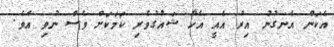
އެކަން އެނގުނު އިރު އެއީ އެހާ ޝައުގުވެރި ކަމަކަށް ވެސް ނުވި އެވެ.